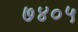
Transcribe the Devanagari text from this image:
७४०५